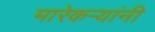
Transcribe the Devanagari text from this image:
मारेकऱ्यांनी